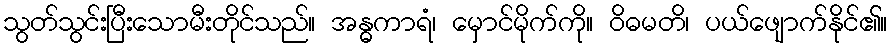
သွတ်သွင်းပြီးသောမီးတိုင်သည်။ အန္ဓကာရံ၊ မှောင်မိုက်ကို။ ဝိဓမတိ၊ ပယ်ဖျောက်နိုင်၏။